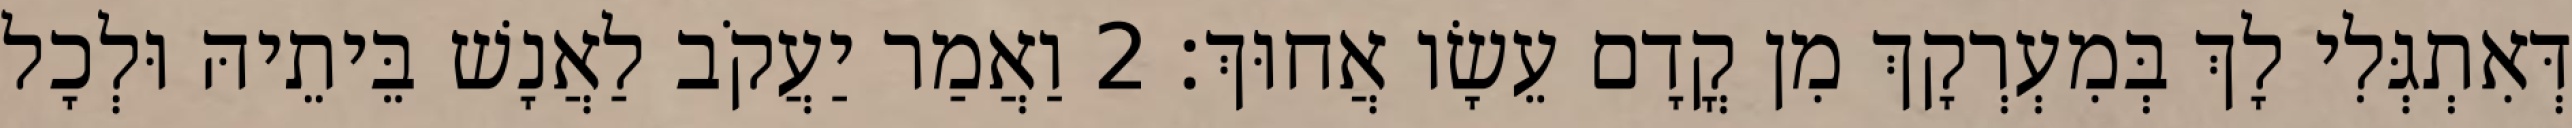
דְּאִתְגְּלִי לָךְ בְּמִעְרְקָךְ מִן קֳדָם עֵשָׂו אֲחוּךְ׃ 2 וַאֲמַר יַעֲקֹב לַאֲנָשׁ בֵּיתֵיהּ וּלְכָל